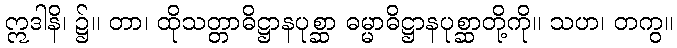
ဣဒါနိ၊ ၌။ တာ၊ ထိုသတ္တာဓိဋ္ဌာနပုစ္ဆာ ဓမ္မာဓိဋ္ဌာနပုစ္ဆာတို့ကို။ သဟ၊ တကွ။